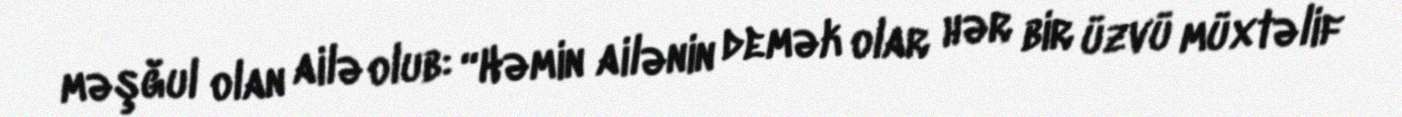
məşğul olan ailə olub: “Həmin ailənin demək olar hər bir üzvü müxtəlif